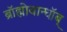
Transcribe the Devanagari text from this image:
ब्रॉह्मोबान्धॉब्